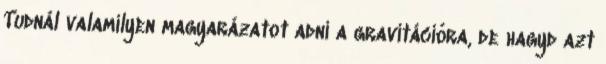
Tudnál valamilyen magyarázatot adni a gravitációra, de hagyd azt